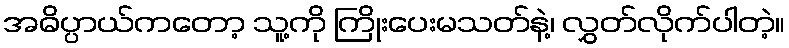
အဓိပ္ပာယ်ကတော့ သူ့ကို ကြိုးပေးမသတ်နဲ့၊ လွှတ်လိုက်ပါတဲ့။